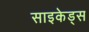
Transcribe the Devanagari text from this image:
साइकेड्स